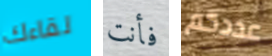
لقاءك فأنت عددكم